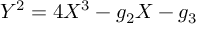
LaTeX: Y ^ { 2 } = 4 X ^ { 3 } - g _ { 2 } X - g _ { 3 }